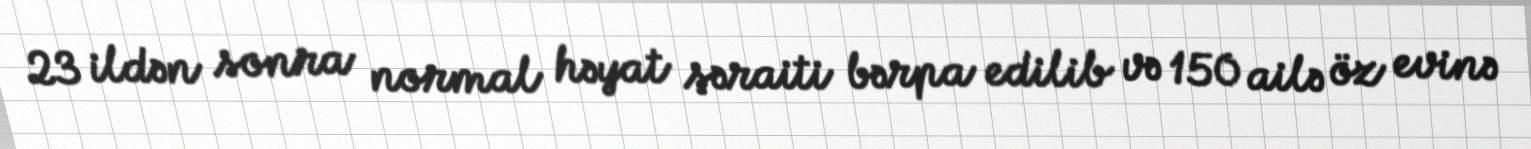
23 ildən sonra normal həyat şəraiti bərpa edilib və 150 ailə öz evinə